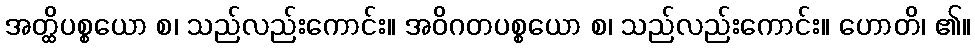
အတ္ထိပစ္စယော စ၊ သည်လည်းကောင်း။ အဝိဂတပစ္စယော စ၊ သည်လည်းကောင်း။ ဟောတိ၊ ၏။